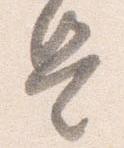
是